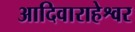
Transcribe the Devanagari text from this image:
आदिवाराहेश्वर